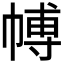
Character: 𭘰